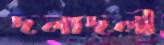
দলাদলী